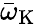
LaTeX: \bar{\omega}_{\mathrm{K}}